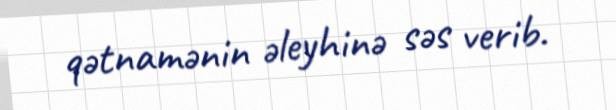
qətnamənin əleyhinə səs verib.